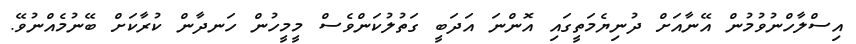
އިސްލާހްނުވުމުން އޭނާއަށް ދުނިޔެމަތީގައި އޮންނަ އަދަބީ ގަތުލުކަންވެސް މީމީހުން ހަނދާން ކުރާކަށް ބޭނުމެއްނުވޭ.